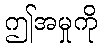
ဤအမှုကို